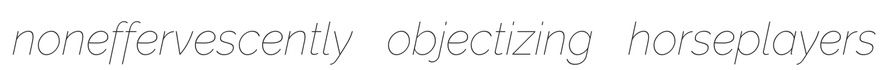
noneffervescently objectizing horseplayers